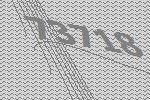
73718